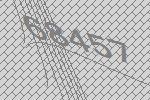
68457